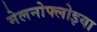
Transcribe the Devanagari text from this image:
मेलनोफ्लोइया